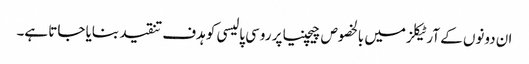
ان دونوں کے آرٹیکلز میں بالخصوص چیچنیا پر روسی پالیسی کو ہدف تنقید بنایا جاتا ہے۔